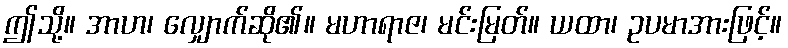
ဤသို့။ အာဟ၊ လျှောက်ဆို၏။ မဟာရာဇ၊ မင်းမြတ်။ ယထာ၊ ဥပမာအားဖြင့်။